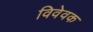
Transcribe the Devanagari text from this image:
विवेवक